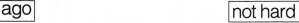
ago not hard